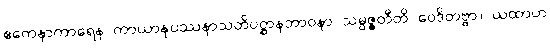
ဧကေနာကာရေန ကာယာနုပဿနာသတိပဋ္ဌာနဘာဝနာ သမ္ပဇ္ဇတီတိ ဝေဒိတဗ္ဗာ။ ယထာဟ